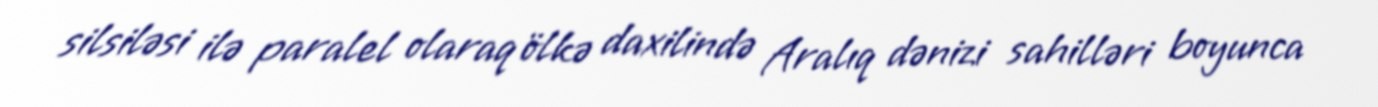
silsiləsi ilə paralel olaraq ölkə daxilində Aralıq dənizi sahilləri boyunca